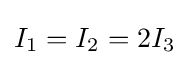
I_{1}=I_{2}=2I_{3}